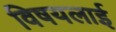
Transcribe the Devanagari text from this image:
विषयलाई